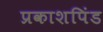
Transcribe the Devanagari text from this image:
प्रकाशपिंड